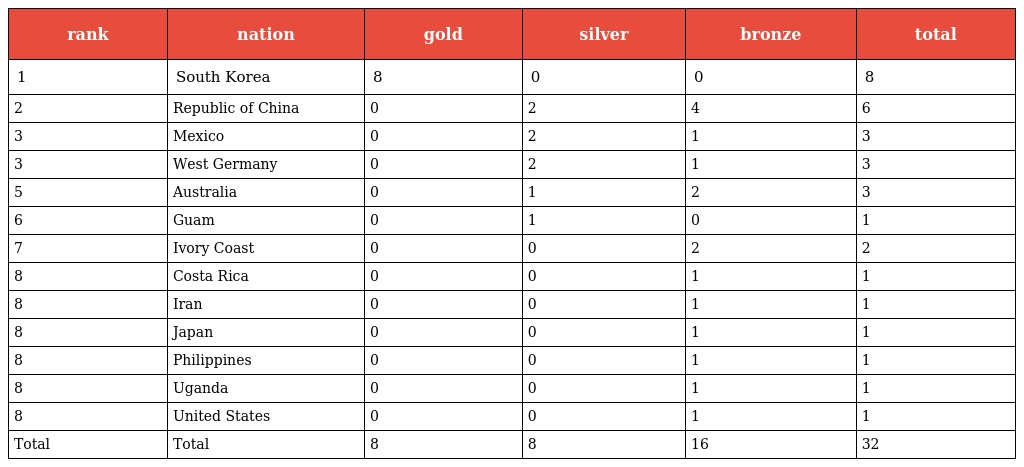
| rank | nation | gold | silver | bronze | total |
 | --- | --- | --- | --- | --- | --- |
 | 1 | South Korea | 8 | 0 | 0 | 8 |
 | 2 | Republic of China | 0 | 2 | 4 | 6 |
 | 3 | Mexico | 0 | 2 | 1 | 3 |
 | 3 | West Germany | 0 | 2 | 1 | 3 |
 | 5 | Australia | 0 | 1 | 2 | 3 |
 | 6 | Guam | 0 | 1 | 0 | 1 |
 | 7 | Ivory Coast | 0 | 0 | 2 | 2 |
 | 8 | Costa Rica | 0 | 0 | 1 | 1 |
 | 8 | Iran | 0 | 0 | 1 | 1 |
 | 8 | Japan | 0 | 0 | 1 | 1 |
 | 8 | Philippines | 0 | 0 | 1 | 1 |
 | 8 | Uganda | 0 | 0 | 1 | 1 |
 | 8 | United States | 0 | 0 | 1 | 1 |
 | Total | Total | 8 | 8 | 16 | 32 |